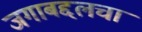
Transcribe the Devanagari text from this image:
जगाबद्दलचा